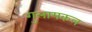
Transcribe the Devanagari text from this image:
गुलामकल